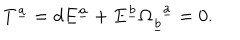
LaTeX: T ^ { \underline { { a } } } = d E ^ { \underline { { a } } } + E ^ { \underline { { b } } } \Omega _ { \underline { { b } } } ^ { ~ ~ \underline { { a } } } = 0 .